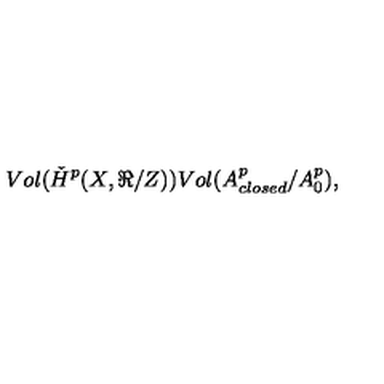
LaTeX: V o l ( \check { H } ^ { p } ( X , \Re { } / Z ) ) V o l ( A _ { c l o s e d } ^ { p } / A _ { 0 } ^ { p } ) ,